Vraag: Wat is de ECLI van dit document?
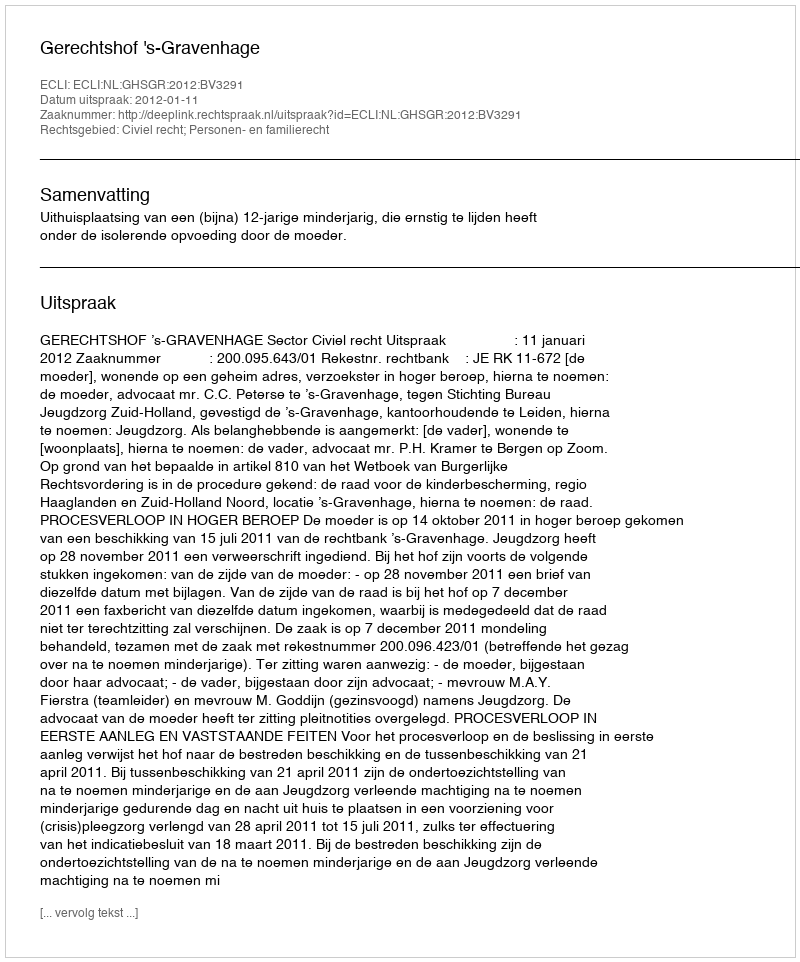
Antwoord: ECLI:NL:GHSGR:2012:BV3291